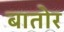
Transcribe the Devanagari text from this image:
बातोर